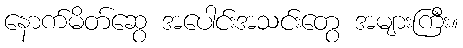
နောက်မိတ်ဆွေ အပေါင်းအသင်းတွေ အများကြီး။